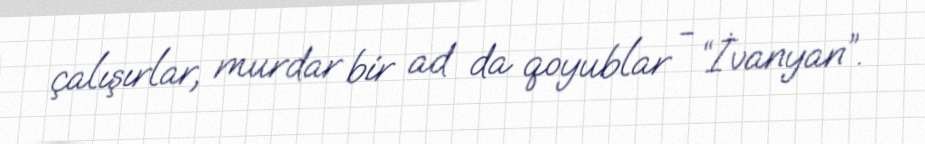
çalışırlar, murdar bir ad da qoyublar - “İvanyan”.